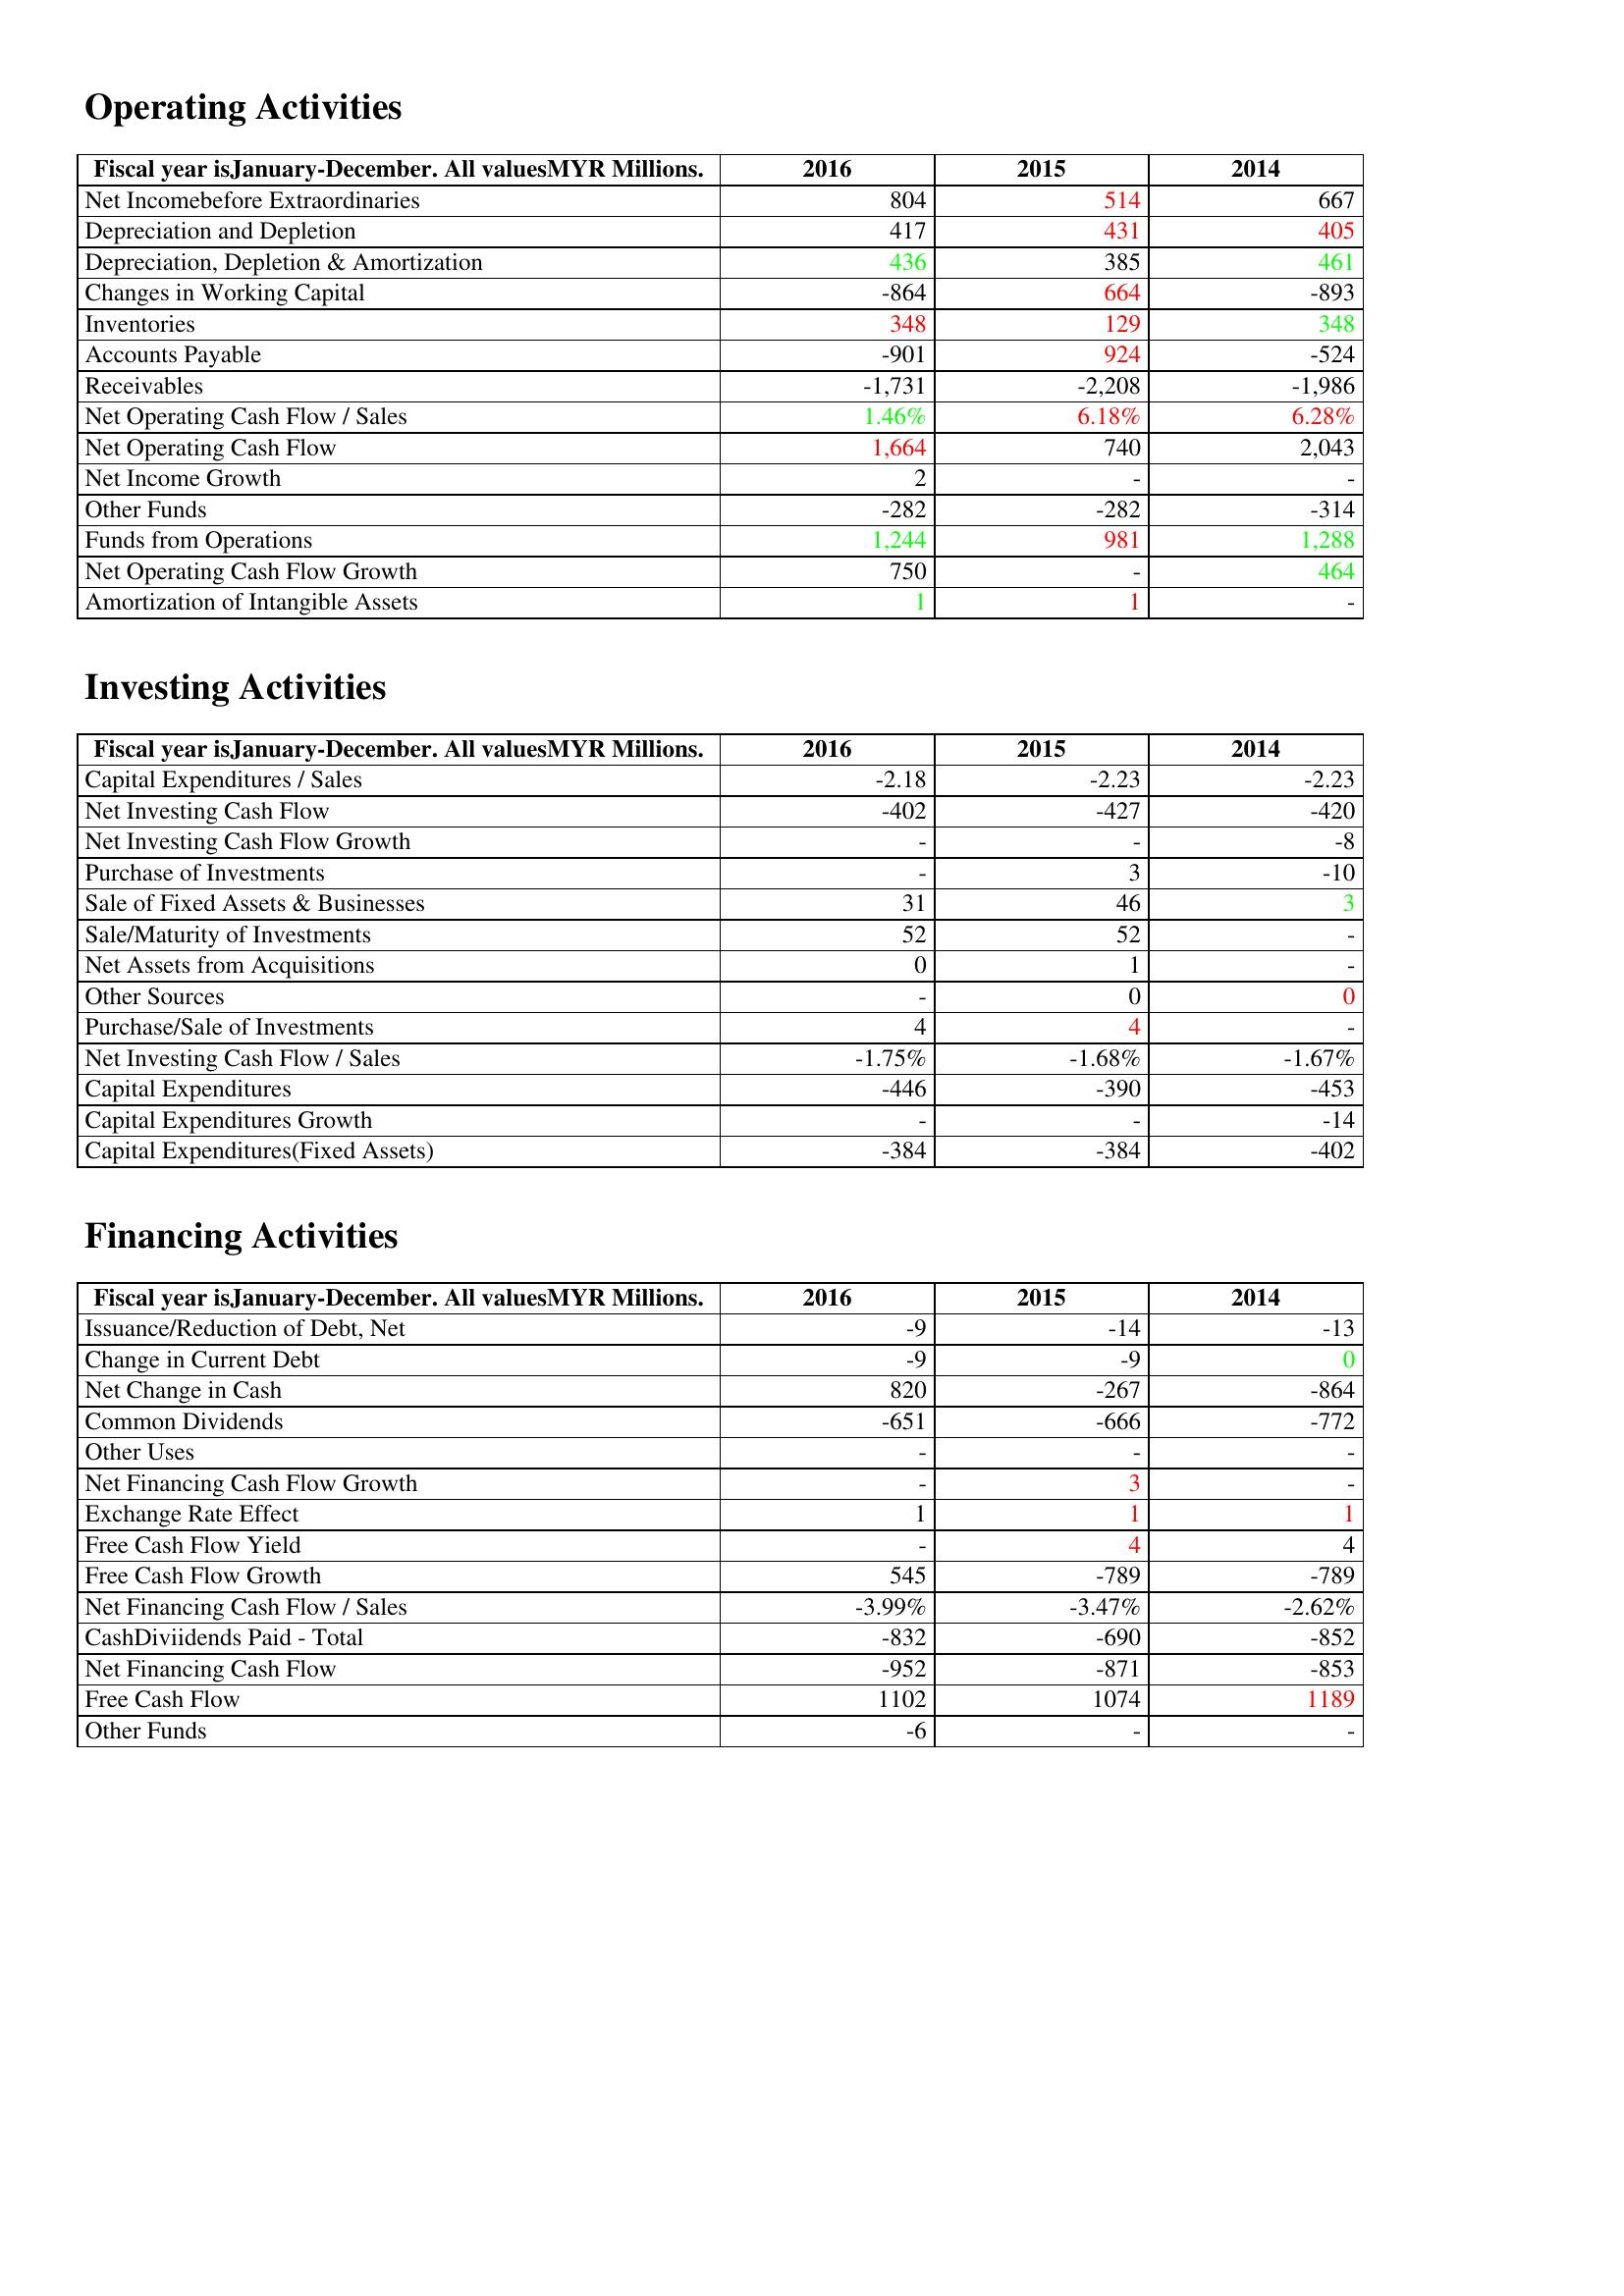
gt_parse: 2016: Operating Activities: Net Incomebefore Extraordinaries: 804
Depreciation and Depletion: 417
Depreciation, Depletion & Amortization: 436
Changes in Working Capital: -864
Inventories: 348
Accounts Payable: -901
Receivables: -1,731
Net Operating Cash Flow / Sales: 1.46%
Net Operating Cash Flow: 1,664
Net Income Growth: 2
Other Funds: -282
Funds from Operations: 1,244
Net Operating Cash Flow Growth: 750
Amortization of Intangible Assets: 1
Investing Activities: Capital Expenditures / Sales: -2.18
Net Investing Cash Flow: -402
Net Investing Cash Flow Growth: -
Purchase of Investments: -
Sale of Fixed Assets & Businesses: 31
Sale/Maturity of Investments: 52
Net Assets from Acquisitions: 0
Other Sources: -
Purchase/Sale of Investments: 4
Net Investing Cash Flow / Sales: -1.75%
Capital Expenditures: -446
Capital Expenditures Growth: -
Capital Expenditures(Fixed Assets): -384
Financing Activities: Issuance/Reduction of Debt, Net: -9
Change in Current Debt: -9
Net Change in Cash: 820
Common Dividends: -651
Other Uses: -
Net Financing Cash Flow Growth: -
Exchange Rate Effect: 1
Free Cash Flow Yield: -
Free Cash Flow Growth: 545
Net Financing Cash Flow / Sales: -3.99%
CashDiviidends Paid - Total: -832
Net Financing Cash Flow: -952
Free Cash Flow: 1102
Other Funds: -6
2015: Operating Activities: Net Incomebefore Extraordinaries: 514
Depreciation and Depletion: 431
Depreciation, Depletion & Amortization: 385
Changes in Working Capital: 664
Inventories: 129
Accounts Payable: 924
Receivables: -2,208
Net Operating Cash Flow / Sales: 6.18%
Net Operating Cash Flow: 740
Net Income Growth: -
Other Funds: -282
Funds from Operations: 981
Net Operating Cash Flow Growth: -
Amortization of Intangible Assets: 1
Investing Activities: Capital Expenditures / Sales: -2.23
Net Investing Cash Flow: -427
Net Investing Cash Flow Growth: -
Purchase of Investments: 3
Sale of Fixed Assets & Businesses: 46
Sale/Maturity of Investments: 52
Net Assets from Acquisitions: 1
Other Sources: 0
Purchase/Sale of Investments: 4
Net Investing Cash Flow / Sales: -1.68%
Capital Expenditures: -390
Capital Expenditures Growth: -
Capital Expenditures(Fixed Assets): -384
Financing Activities: Issuance/Reduction of Debt, Net: -14
Change in Current Debt: -9
Net Change in Cash: -267
Common Dividends: -666
Other Uses: -
Net Financing Cash Flow Growth: 3
Exchange Rate Effect: 1
Free Cash Flow Yield: 4
Free Cash Flow Growth: -789
Net Financing Cash Flow / Sales: -3.47%
CashDiviidends Paid - Total: -690
Net Financing Cash Flow: -871
Free Cash Flow: 1074
Other Funds: -
2014: Operating Activities: Net Incomebefore Extraordinaries: 667
Depreciation and Depletion: 405
Depreciation, Depletion & Amortization: 461
Changes in Working Capital: -893
Inventories: 348
Accounts Payable: -524
Receivables: -1,986
Net Operating Cash Flow / Sales: 6.28%
Net Operating Cash Flow: 2,043
Net Income Growth: -
Other Funds: -314
Funds from Operations: 1,288
Net Operating Cash Flow Growth: 464
Amortization of Intangible Assets: -
Investing Activities: Capital Expenditures / Sales: -2.23
Net Investing Cash Flow: -420
Net Investing Cash Flow Growth: -8
Purchase of Investments: -10
Sale of Fixed Assets & Businesses: 3
Sale/Maturity of Investments: -
Net Assets from Acquisitions: -
Other Sources: 0
Purchase/Sale of Investments: -
Net Investing Cash Flow / Sales: -1.67%
Capital Expenditures: -453
Capital Expenditures Growth: -14
Capital Expenditures(Fixed Assets): -402
Financing Activities: Issuance/Reduction of Debt, Net: -13
Change in Current Debt: 0
Net Change in Cash: -864
Common Dividends: -772
Other Uses: -
Net Financing Cash Flow Growth: -
Exchange Rate Effect: 1
Free Cash Flow Yield: 4
Free Cash Flow Growth: -789
Net Financing Cash Flow / Sales: -2.62%
CashDiviidends Paid - Total: -852
Net Financing Cash Flow: -853
Free Cash Flow: 1189
Other Funds: -